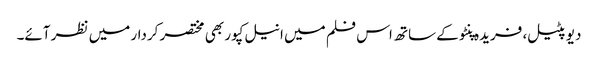
دیو پٹیل، فریدہ پنٹو کے ساتھ اس فلم میں انیل کپور بھی مختصر کردار میں نظر آئے۔